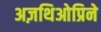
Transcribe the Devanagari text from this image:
अज़थिओप्रिने